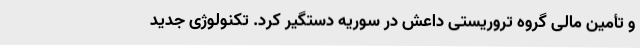
و تأمین مالی گروه تروریستی داعش در سوریه دستگیر کرد. تکنولوژی جدید